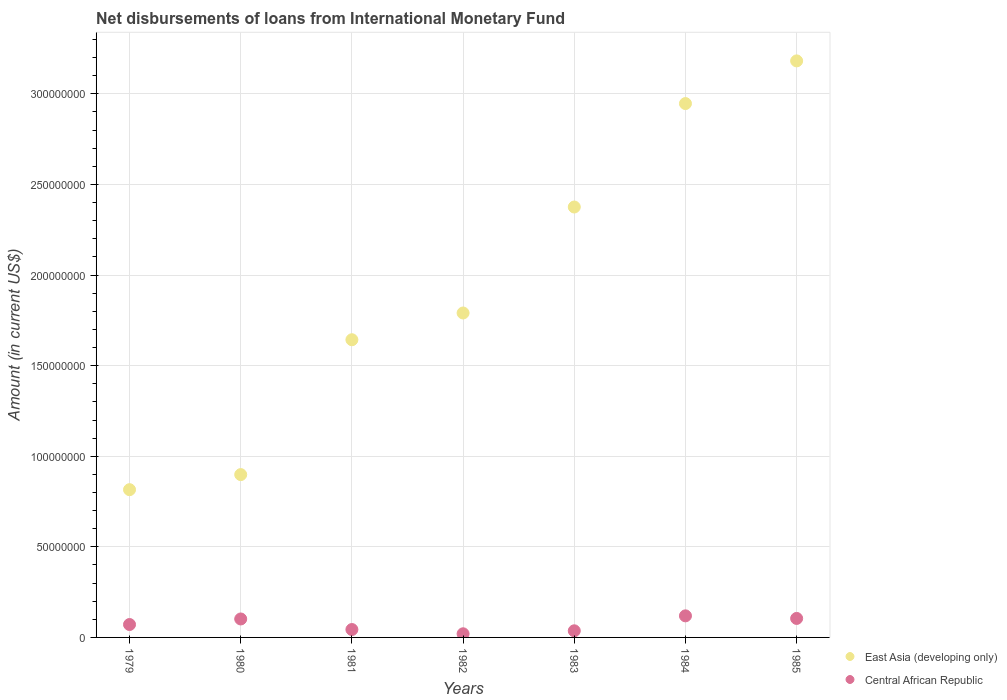
| Years | East Asia (developing only) | Central African Republic |
 | --- | --- | --- |
 | 1979 | 8.15e+07 | 7.12e+06 |
 | 1980 | 8.99e+07 | 1.02e+07 |
 | 1981 | 1.64e+08 | 4.36e+06 |
 | 1982 | 1.79e+08 | 2.01e+06 |
 | 1983 | 2.38e+08 | 3.66e+06 |
 | 1984 | 2.95e+08 | 1.19e+07 |
 | 1985 | 3.18e+08 | 1.05e+07 |